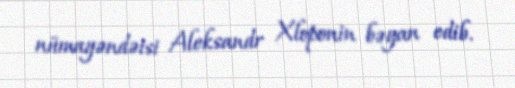
nümayəndəisi Aleksandr Xloponin bəyan edib.